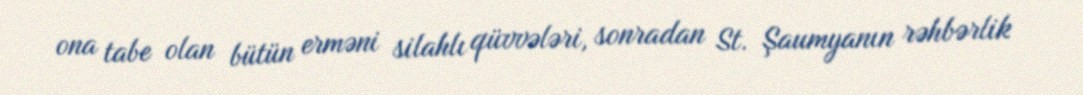
ona tabe olan bütün erməni silahlı qüvvələri, sonradan St. Şaumyanın rəhbərlik